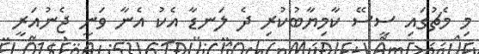
މި މެޗުގައި ސީސޭ ކާމިޔާބުކުރި ދެ ލަނޑާ އެކު އެނާ ވަނީ ޖެނުއަރީ